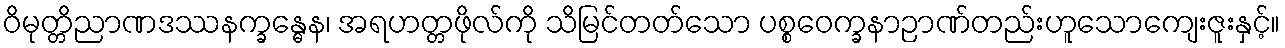
ဝိမုတ္တိညာဏဒဿနက္ခန္ဓေန၊ အရဟတ္တဖိုလ်ကို သိမြင်တတ်သော ပစ္စဝေက္ခနာဉာဏ်တည်းဟူသောကျေးဇူးနှင့်။